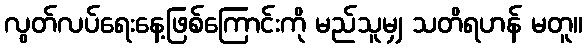
လွတ်လပ်ရေးနေ့ဖြစ်ကြောင်းကို မည်သူမျှ သတိရဟန် မတူ။